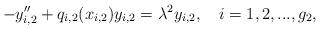
LaTeX: \begin{align*}-y_{i,2}^{\prime\prime}+q_{i,2}(x_{i,2})y_{i,2}=\lambda^2y_{i,2}, \ \ \ i=1,2,..., g_2,\end{align*}